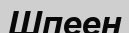
Шпеен